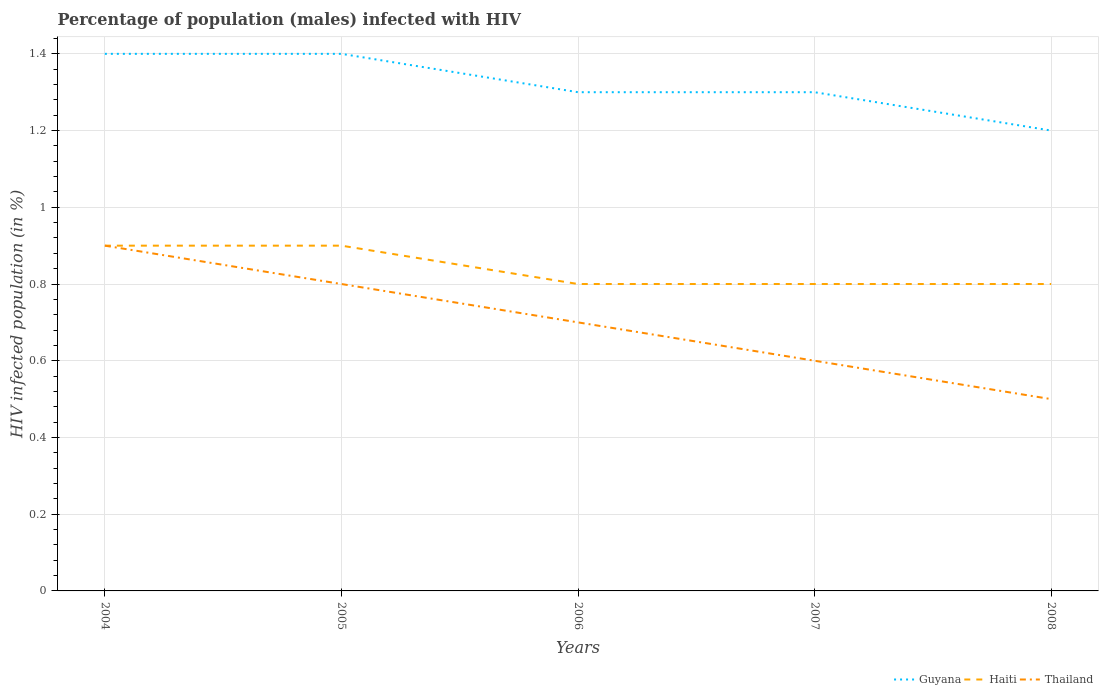
| Years | Guyana | Haiti | Thailand |
 | --- | --- | --- | --- |
 | 2004 | 1.4 | 0.9 | 0.9 |
 | 2005 | 1.4 | 0.9 | 0.8 |
 | 2006 | 1.3 | 0.8 | 0.7 |
 | 2007 | 1.3 | 0.8 | 0.6 |
 | 2008 | 1.2 | 0.8 | 0.5 |